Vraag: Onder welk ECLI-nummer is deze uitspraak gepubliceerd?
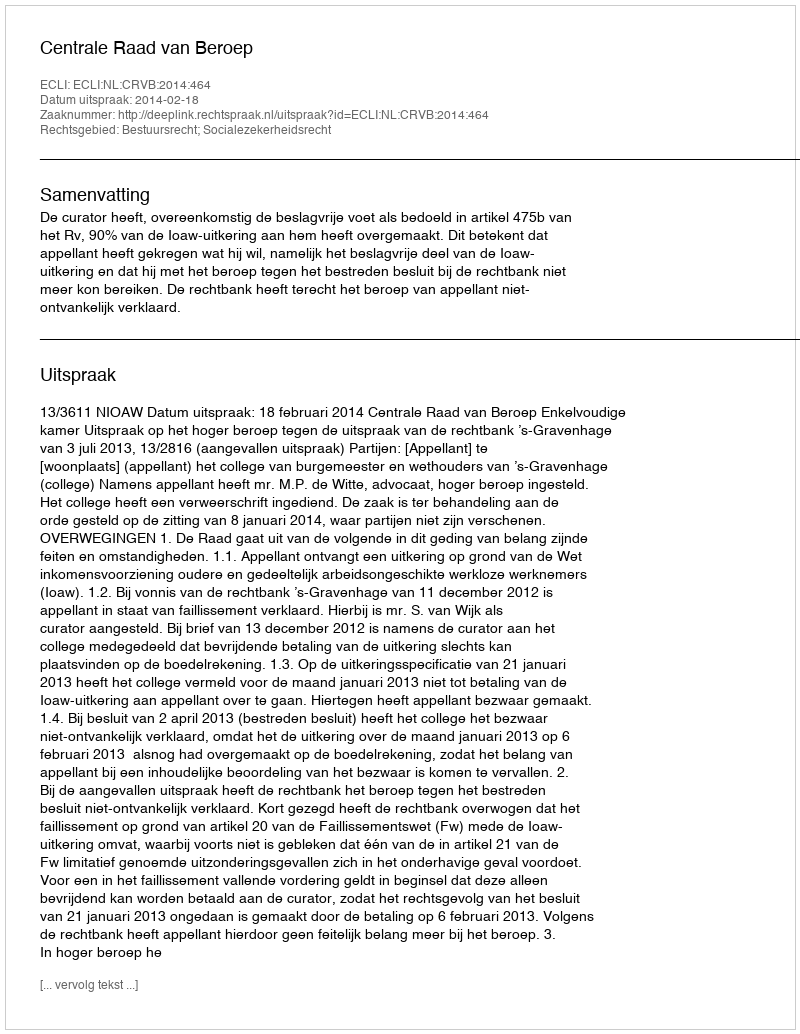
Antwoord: ECLI:NL:CRVB:2014:464